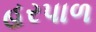
હરપાળ